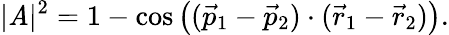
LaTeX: |\mathit{A}|^{2}=1-\cos\left((\vec{{p}}_{1}-\vec{{p}}_{2})\cdot(\vec{{r}}_{1}-\vec{{r}}_{2})\right).